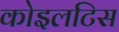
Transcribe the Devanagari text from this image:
कोइलटिस